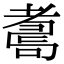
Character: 𦓆